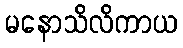
မနောသိလိကာယ